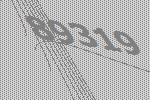
89319